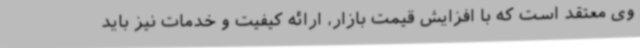
وی معتقد است که با افزایش قیمت بازار، ارائه کیفیت و خدمات نیز باید